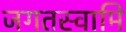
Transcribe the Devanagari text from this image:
जगतस्‍वामि